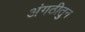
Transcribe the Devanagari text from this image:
अंगठीतुन